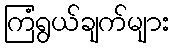
ကြံရွယ်ချက်များ